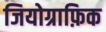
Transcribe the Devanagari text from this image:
जियोग्राफ़िक